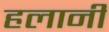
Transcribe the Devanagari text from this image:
हलानी